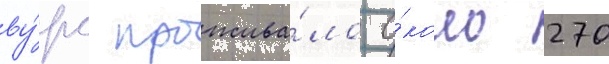
ву́рс прожива́ло о́коло 270